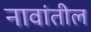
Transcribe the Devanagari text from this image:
नावांतील